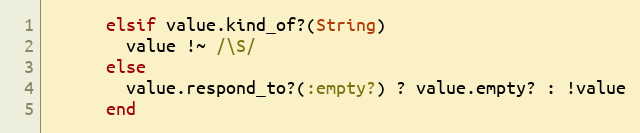
Language: Ruby
      elsif value.kind_of?(String)
        value !~ /\S/
      else
        value.respond_to?(:empty?) ? value.empty? : !value
      end